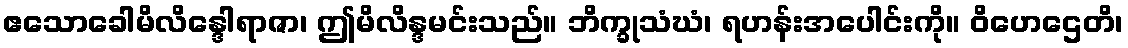
ဧသောခေါမိလိန္ဒေါရာဇာ၊ ဤမိလိန္ဒမင်းသည်။ ဘိက္ခုသံဃံ၊ ရဟန်းအပေါင်းကို။ ဝိဟေဌေတိ၊